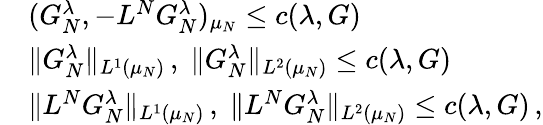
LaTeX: \begin{array}{rl}&{(G_{N}^{\lambda},-L^{N}G_{N}^{\lambda})_{\mu_{N}}\leq c(\lambda,G)}\\ &{\| G_{N}^{\lambda}\| _{L^{1}(\mu_{N})}\, ,\; \| G_{N}^{\lambda}\| _{L^{2}(\mu_{N})}\leq c(\lambda,G)}\\ &{\| L^{N}G_{N}^{\lambda}\| _{L^{1}(\mu_{N})}\, ,\; \| L^{N}G_{N}^{\lambda}\| _{L^{2}(\mu_{N})}\leq c(\lambda,G)\, ,}\end{array}